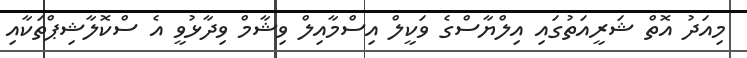
މިއަދު އޮތް ޝަރީއަތުގައި އިލްޔާސްގެ ވަކީލް އިސްމާއިލް ވިޝާމް ވިދާޅުވީ އެ ސްކޮލާޝިޕްތަކާއި